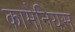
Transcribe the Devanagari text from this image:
कामेनियस